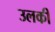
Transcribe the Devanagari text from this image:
उलकी